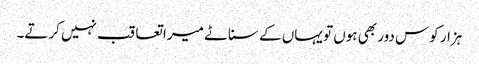
ہزار کوس دور بھی ہوں تو یہاں کے سناٹے میرا تعاقب نہیں کرتے۔